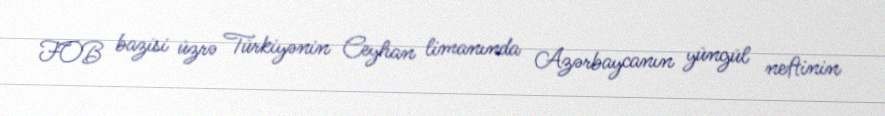
FOB bazisi üzrə Türkiyənin Ceyhan limanında Azərbaycanın yüngül neftinin